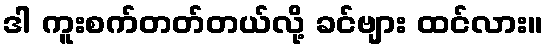
ဒါ ကူးစက်တတ်တယ်လို့ ခင်ဗျား ထင်လား။